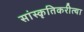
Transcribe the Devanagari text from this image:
सांस्कृतिकरीत्या